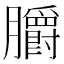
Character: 𦣅